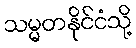
သမ္မတနိုင်ငံသို့